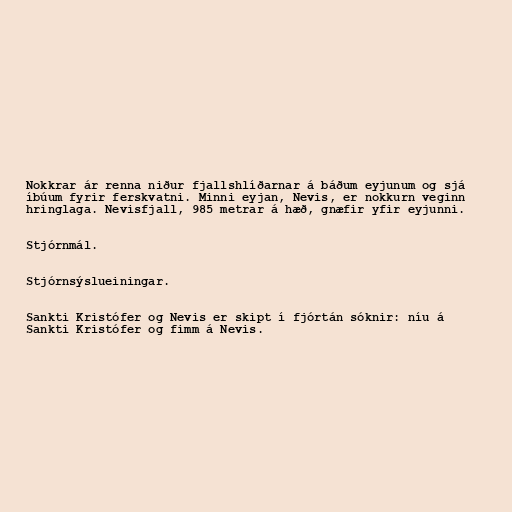
Nokkrar ár renna niður fjallshlíðarnar á báðum eyjunum og sjá
íbúum fyrir ferskvatni. Minni eyjan, Nevis, er nokkurn veginn
hringlaga. Nevisfjall, 985 metrar á hæð, gnæfir yfir eyjunni.

Stjórnmál.

Stjórnsýslueiningar.

Sankti Kristófer og Nevis er skipt í fjórtán sóknir: níu á
Sankti Kristófer og fimm á Nevis.